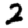
Digit: 2